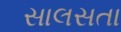
સાલસતા